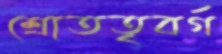
শ্রোততৃবর্গ